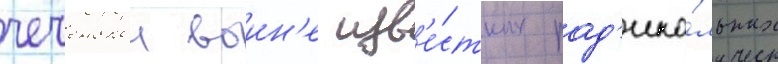
чеченскои воин'е изв'е́стных рад'ика́льных